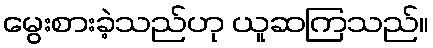
မွေးစားခဲ့သည်ဟု ယူဆကြသည်။